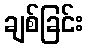
ချစ်ခြင်း